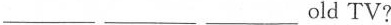
___ ___ ___ old TV?